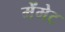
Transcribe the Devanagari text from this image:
मेंमेट